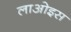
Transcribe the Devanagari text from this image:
लाओइस